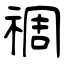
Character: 禂